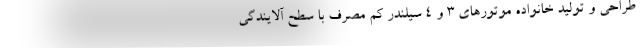
طراحی و تولید خانواده موتورهای ۳ و ۴ سیلندر کم مصرف با سطح آلایندگی